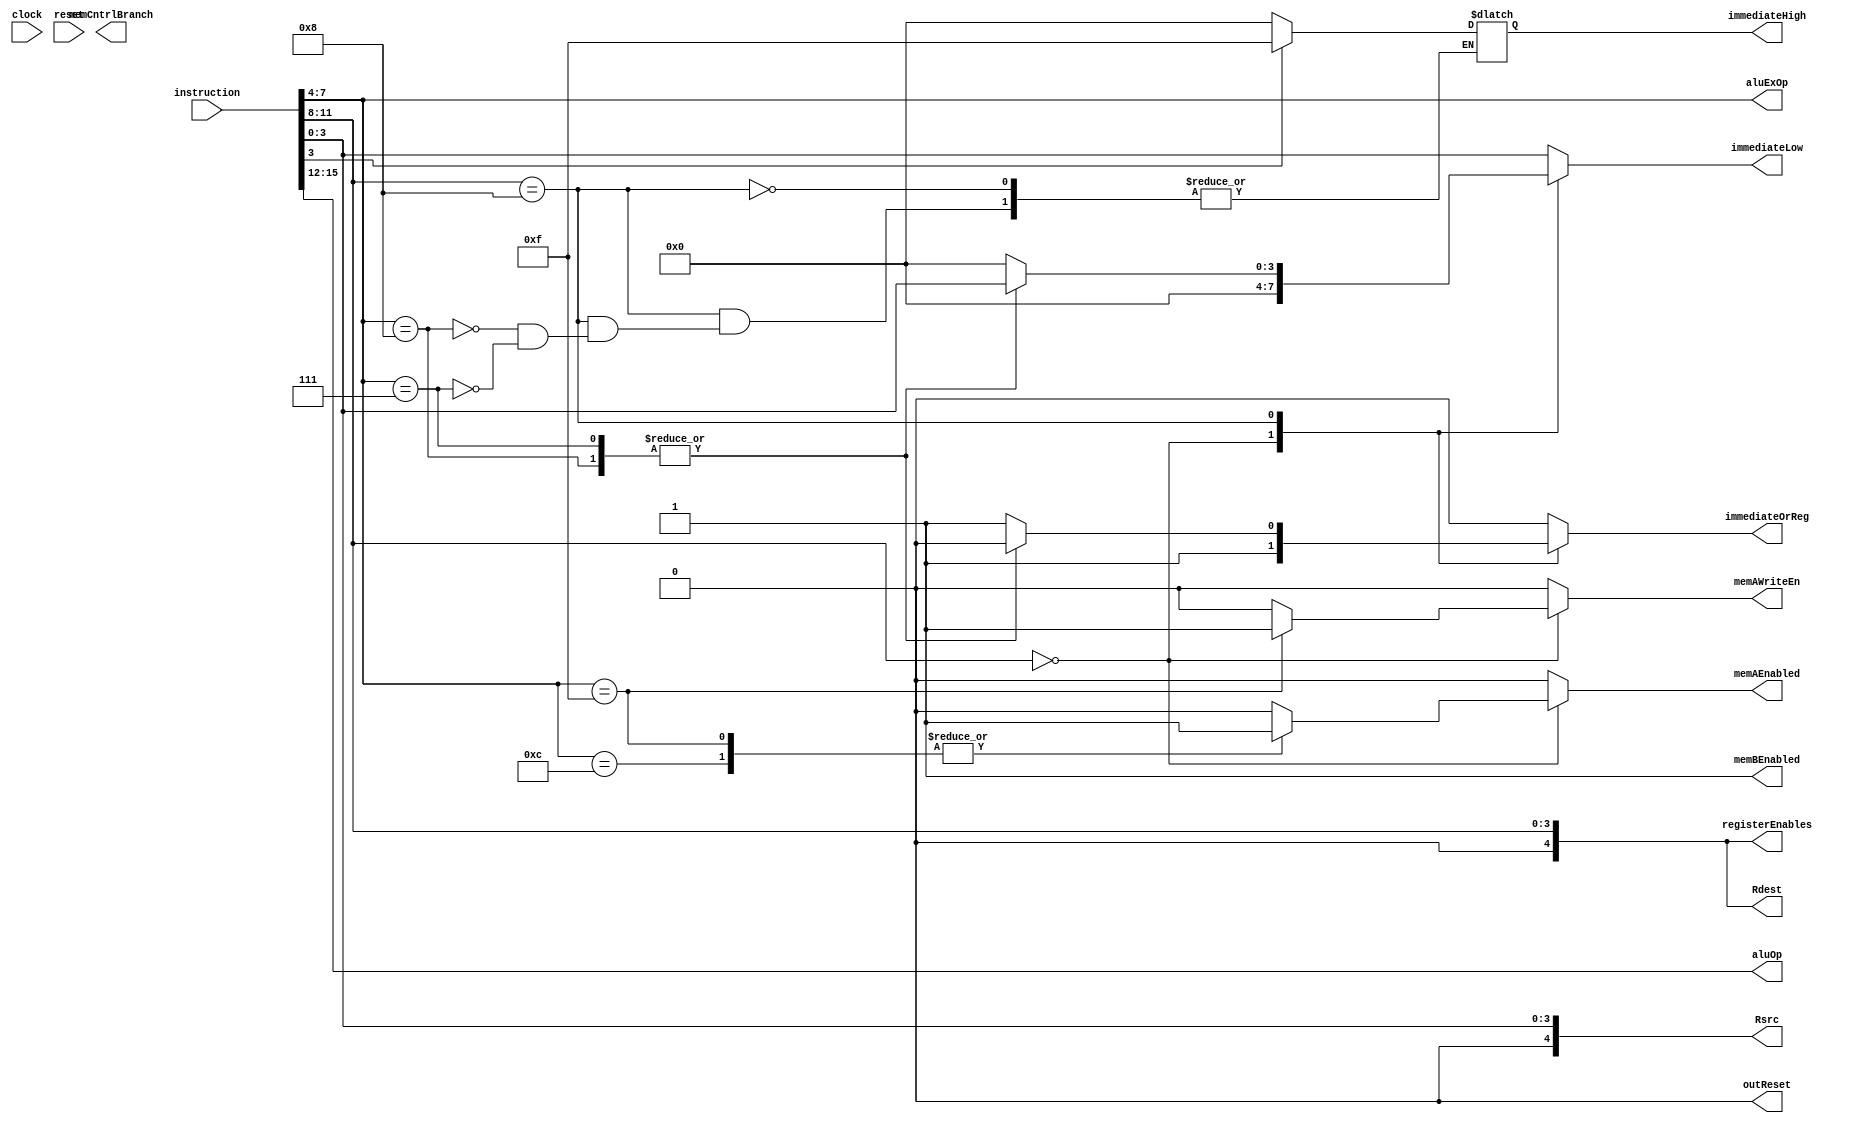
module Control_Logic(
    input [15:0] instruction,
	 input clock,
	 input reset,
	 output [3:0] immediateLow,
	 output [3:0] immediateHigh,
    output [4:0] registerEnables,
	 output [4:0] Rdest,
	 output [4:0] Rsrc,
    output [3:0] aluOp,
    output [3:0] aluExOp,
	 output immediateOrReg,
    output memAEnabled,
    output memAWriteEn,
    output memBEnabled,
    output memCntrlBranch,
	 output outReset
    
    );


parameter R_Type=4'b0000;
parameter Shift=4'b1000;

//----Info for ExOp R-type----
parameter ADD = 4'b0101; 
parameter ADDU = 4'b0110;
parameter ADDC = 4'b0111;
parameter ADDCU = 4'b1010;
parameter SUB = 4'b1001;
parameter CMP = 4'b1011;
parameter CMPU= 4'b1000;
parameter AND = 4'b0001;
parameter OR = 4'b0010;
parameter XOR = 4'b0011;
parameter NOP = 4'b0000;
parameter NOT = 4'b0100;
parameter LW = 4'b1100; 
parameter SW = 4'b1111; 


//----Info for just OP I type and J type----
parameter ADDI = 4'b0101; 
parameter ADDUI = 4'b0110;
parameter ADDCI = 4'b0111;
parameter ADDCUI = 4'b1101;     
parameter SUBI = 4'b1001;
parameter CMPI = 4'b1011;
parameter LWI = 4'b0011;
parameter ANDI = 4'b0001;



//----Info for ExOp Shift-Type
parameter LSH = 4'b0100;
parameter LSHI = 4'b1000;
parameter RSH = 4'b0101;
parameter RSHI = 4'b0111;
parameter ALSH = 4'b0110;
parameter ARSH = 4'b0011;



always@(instruction)
begin 	
	Rdest=instruction[11:8];
	memBEnabled=1;
	case(instruction[11:8])
			R_Type:
			begin
			case(instruction[7:4])
			LW:
				begin 
				immediateLow=4'd0;
				immedaiteHigh=4'd0;
				registerEnables=instruction[11:8];
				Rsrc=instruction[3:0];
				aluOp=instruction[15:12];
				aluExOp=instruction[7:4];
				immediateOrReg=1;//1 selects the register value.
				memAEnabled=1;
				memAWriteEn=0;
				outReset=0;
				end
			SW:
				begin
				immediateLow=4'd0;
				immedaiteHigh=4'd0;
				registerEnables=instruction[11:8];
				Rsrc=instruction[3:0];
				aluOp=instruction[15:12];
				aluExOp=instruction[7:4];
				immediateOrReg=1;//1 selects the register value.
				memAEnabled=1;
				memAWriteEn=1;
				outReset=0;
				end
			default:
				begin
				immediateLow=4'd0;
				immedaiteHigh=4'd0;
				registerEnables=instruction[11:8];
				Rsrc=instruction[3:0];
				aluOp=instruction[15:12];
				aluExOp=instruction[7:4];
				immediateOrReg=1;//1 selects the register value.
				memAEnabled=0;
				memAWriteEn=0;
				outReset=0;
				end
			endcase
		end
		Shift:
			begin
				case(instruction[7:4])
						LSHI:
							begin
								immediateLow=instruction[3:0];
								if(instruction[3])
									begin
									immediateHigh=4'b1111;
									end
								else
									begin
									immediateHigh=4'b0000;
									end	
								registerEnables=instruction[11:8];
								Rsrc=instruction[3:0];
								aluOp=instruction[15:12];
								aluExOp=instruction[7:4];
								immediateOrReg=0;//1 selects the register value.
								memAEnabled=0;
								memAWriteEn=0;
								outReset=0;
							end
						RSHI:
							begin
								immediateLow=instruction[3:0];
								if(instruction[3])
									begin
									immediateHigh=4'b1111;
									end
								else
									begin
									immediateHigh=4'b0000;
									end							
								registerEnables=instruction[11:8];
								Rsrc=instruction[3:0];
								aluOp=instruction[15:12];
								aluExOp=instruction[7:4];
								immediateOrReg=0;//1 selects the register value.
								memAEnabled=0;
								memAWriteEn=0;
								outReset=0;
							end
						default:
							begin
								immediateLow=4'd0;
								immedaiteHigh=4'd0;
								registerEnables=instruction[11:8];
								Rsrc=instruction[3:0];
								aluOp=instruction[15:12];
								aluExOp=instruction[7:4];
								immediateOrReg=1;//1 selects the register value.
								memAEnabled=0;
								memAWriteEn=0;
								outReset=0;
							end
					endcase		
				end
				default:
					begin
								immediateLow=instruction[3:0];
								immedaiteHigh=instruction[7:4];
								registerEnables=instruction[11:8];
								Rsrc=instruction[3:0];
								aluOp=instruction[15:12];
								aluExOp=instruction[7:4];
								immediateOrReg=0;//1 selects the register value.
								memAEnabled=0;
								memAWriteEn=0;
								outReset=0;
					end
			endcase	
	end
endmodule